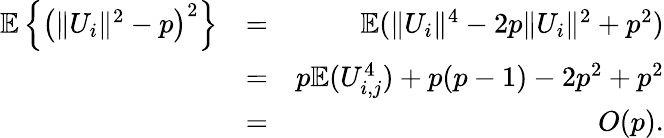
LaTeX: \begin{array}{rlr}{{\mathbb{E}}\left\{ \left(\| U_{i}\| ^{2}-p\right)^{2}\right\} }&{=}&{{\mathbb{E}}(\| U_{i}\| ^{4}-2p\| U_{i}\| ^{2}+p^{2})}\\ &{=}&{p{\mathbb{E}}(U_{i,j}^{4})+p(p-1)-2p^{2}+p^{2}}\\ &{=}&{O(p).}\end{array}